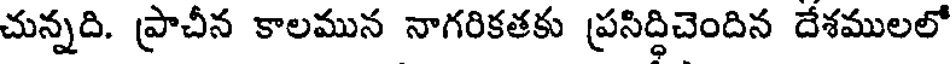
చున్నది. ప్రాచీన కాలమున నాగరికతకు ప్రసిద్ధిచెందిన దేశములలో